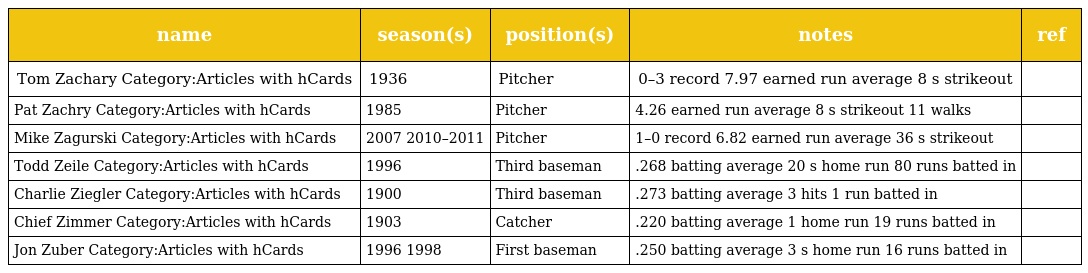
| name | season(s) | position(s) | notes | ref |
 | --- | --- | --- | --- | --- |
 | Tom Zachary Category:Articles with hCards | 1936 | Pitcher | 0–3 record 7.97 earned run average 8 s strikeout |  |
 | Pat Zachry Category:Articles with hCards | 1985 | Pitcher | 4.26 earned run average 8 s strikeout 11 walks |  |
 | Mike Zagurski Category:Articles with hCards | 2007 2010–2011 | Pitcher | 1–0 record 6.82 earned run average 36 s strikeout |  |
 | Todd Zeile Category:Articles with hCards | 1996 | Third baseman | .268 batting average 20 s home run 80 runs batted in |  |
 | Charlie Ziegler Category:Articles with hCards | 1900 | Third baseman | .273 batting average 3 hits 1 run batted in |  |
 | Chief Zimmer Category:Articles with hCards | 1903 | Catcher | .220 batting average 1 home run 19 runs batted in |  |
 | Jon Zuber Category:Articles with hCards | 1996 1998 | First baseman | .250 batting average 3 s home run 16 runs batted in |  |